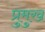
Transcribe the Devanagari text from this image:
प्रुमुख